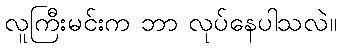
လူကြီးမင်းက ဘာ လုပ်နေပါသလဲ။